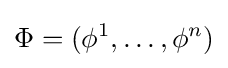
\Phi =(\phi ^{1},\dots ,\phi ^{n})